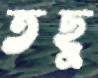
তছু